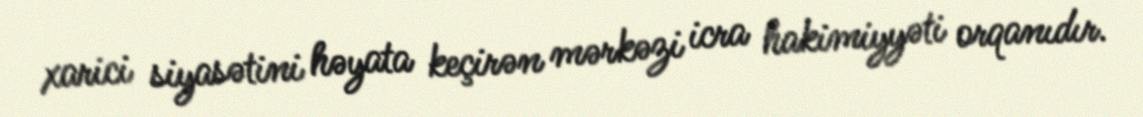
xarici siyasətini həyata keçirən mərkəzi icra hakimiyyəti orqanıdır.